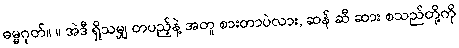
ဓမ္မဂုတ်။ ။ အဲဒီ ရှိသမျှ တပည့်နဲ့ အတူ စားတာပဲလား, ဆန် ဆီ ဆား စသည်တို့ကို